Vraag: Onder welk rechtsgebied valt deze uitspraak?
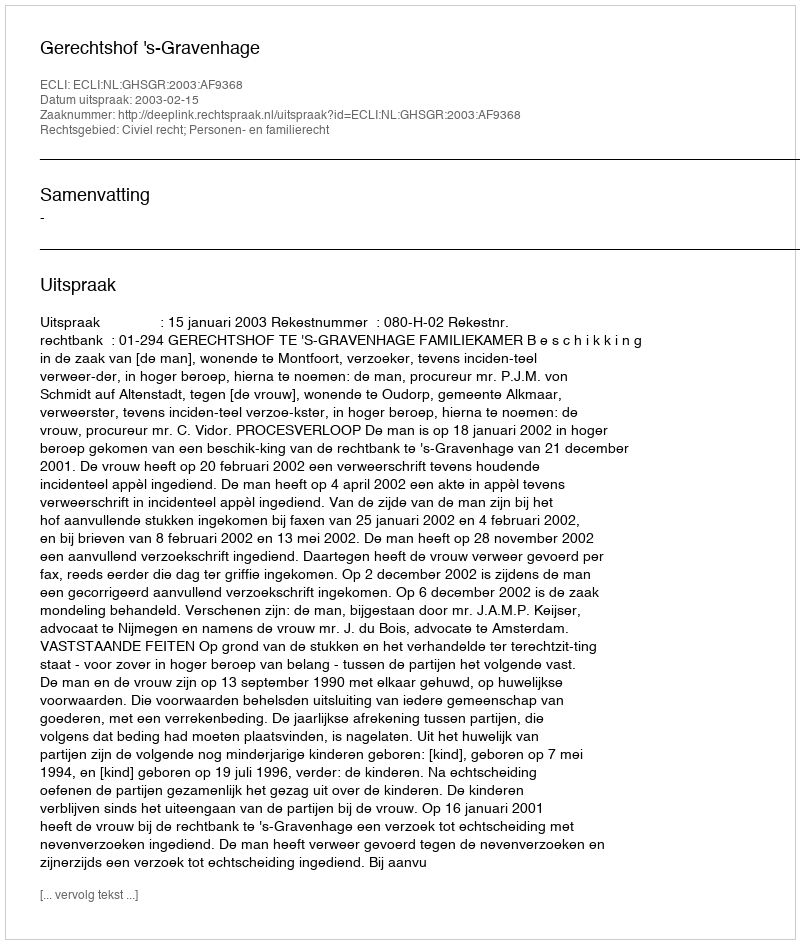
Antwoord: Civiel recht; Personen- en familierecht